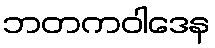
ဘတကဝါဒေန